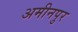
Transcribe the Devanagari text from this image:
अमीनपुर